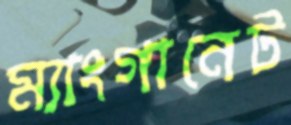
ম্যাংগানেট